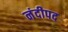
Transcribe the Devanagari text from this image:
नंदीपद